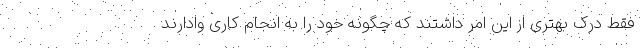
فقط درک بهتری از این امر داشتند که چگونه خود را به انجام کاری وادارند